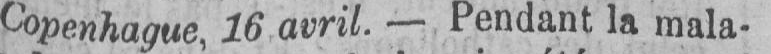
Copenhague, 16 avril. - Pendant la mala-